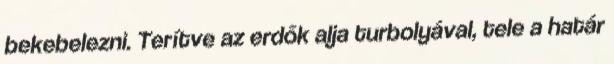
bekebelezni. Terítve az erdők alja turbolyával, tele a határ